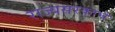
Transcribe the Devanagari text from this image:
राज्यसरकाचे